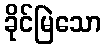
ခိုင်မြဲသော